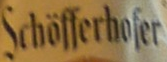
Schofferhofer